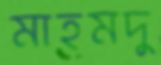
মাহমদু